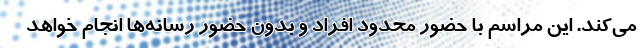
می‌کند. این مراسم با حضور محدود افراد و بدون حضور رسانه‌ها انجام خواهد